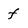
Character: f